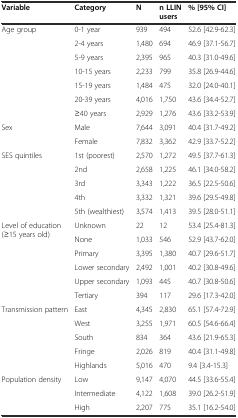
<table><thead><tr><td><b>Variable</b></td><td><b>Category</b></td><td><b>N</b></td><td><b>n LLIN users</b></td><td><b>% [95% CI]</b></td></tr></thead><tbody><tr><td rowspan="7">Age group</td><td>0-1 year</td><td>939</td><td>494</td><td>52.6 [42.9-62.3]</td></tr><tr><td>2-4 years</td><td>1,480</td><td>694</td><td>46.9 [37.1-56.7]</td></tr><tr><td>5-9 years</td><td>2,395</td><td>965</td><td>40.3 [31.0-49.6]</td></tr><tr><td>10-15 years</td><td>2,233</td><td>799</td><td>35.8 [26.9-44.6]</td></tr><tr><td>15-19 years</td><td>1,484</td><td>475</td><td>32.0 [24.0-40.1]</td></tr><tr><td>20-39 years</td><td>4,016</td><td>1,750</td><td>43.6 [34.4-52.7]</td></tr><tr><td>≥40 years</td><td>2,929</td><td>1,276</td><td>43.6 [33.2-53.9]</td></tr><tr><td rowspan="2">Sex</td><td>Male</td><td>7,644</td><td>3,091</td><td>40.4 [31.7-49.2]</td></tr><tr><td>Female</td><td>7,832</td><td>3,362</td><td>42.9 [33.7-52.2]</td></tr><tr><td rowspan="5">SES quintiles</td><td>1st (poorest)</td><td>2,570</td><td>1,272</td><td>49.5 [37.7-61.3]</td></tr><tr><td>2nd</td><td>2,658</td><td>1,225</td><td>46.1 [34.0-58.2]</td></tr><tr><td>3rd</td><td>3,343</td><td>1,222</td><td>36.5 [22.5-50.6]</td></tr><tr><td>4th</td><td>3,332</td><td>1,321</td><td>39.6 [29.5-49.8]</td></tr><tr><td>5th (wealthiest)</td><td>3,574</td><td>1,413</td><td>39.5 [28.0-51.1]</td></tr><tr><td rowspan="6">Level of education (≥15 years old)</td><td>Unknown</td><td>22</td><td>12</td><td>53.4 [25.4-81.3]</td></tr><tr><td>None</td><td>1,033</td><td>546</td><td>52.9 [43.7-62.0]</td></tr><tr><td>Primary</td><td>3,395</td><td>1,380</td><td>40.7 [29.6-51.7]</td></tr><tr><td>Lower secondary</td><td>2,492</td><td>1,001</td><td>40.2 [30.8-49.6]</td></tr><tr><td>Upper secondary</td><td>1,093</td><td>445</td><td>40.7 [30.8-50.6]</td></tr><tr><td>Tertiary</td><td>394</td><td>117</td><td>29.6 [17.3-42.0]</td></tr><tr><td rowspan="5">Transmission pattern</td><td>East</td><td>4,345</td><td>2,830</td><td>65.1 [57.4-72.9]</td></tr><tr><td>West</td><td>3,255</td><td>1,971</td><td>60.5 [54.6-66.4]</td></tr><tr><td>South</td><td>834</td><td>364</td><td>43.6 [21.9-65.3]</td></tr><tr><td>Fringe</td><td>2,026</td><td>819</td><td>40.4 [31.1-49.8]</td></tr><tr><td>Highlands</td><td>5,016</td><td>470</td><td>9.4 [3.4-15.3]</td></tr><tr><td rowspan="3">Population density</td><td>Low</td><td>9,147</td><td>4,070</td><td>44.5 [33.6-55.4]</td></tr><tr><td>Intermediate</td><td>4,122</td><td>1,608</td><td>39.0 [26.2-51.9]</td></tr><tr><td>High</td><td>2,207</td><td>775</td><td>35.1 [16.2-54.0]</td></tr></tbody></table>